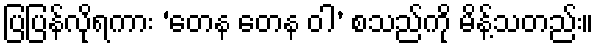
ပြပြန်လိုရကား ‘တေန တေန ဝါ’ စသည်ကို မိန့်သတည်း။